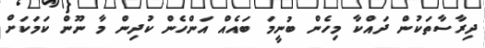
ދިރާސާތަކުން ދައްކާ މިހެން ބުނީމަ ބައެއް އަންހެން ކުދިން މާ ނޫން ކަމަކަށް